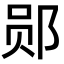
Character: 郧